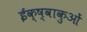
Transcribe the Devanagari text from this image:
ईक्ष्वाकुओं